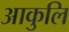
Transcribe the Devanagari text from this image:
आकुलि